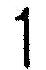
1